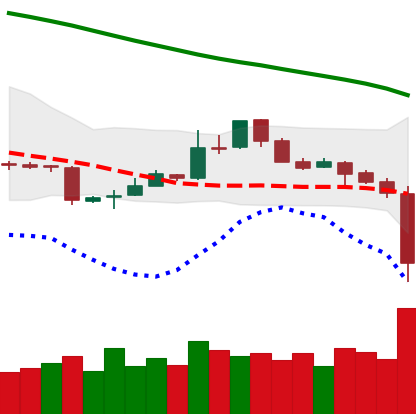
Ticker: LTC-USD
Chart end date: 2018-11-14
Forward return: -15.982%
Label: down_7plus